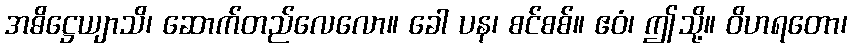
အဓိဋ္ဌေယျာသိ၊ ဆောက်တည်လေလော။ ခေါ ပန၊ စင်စစ်။ ဧဝံ၊ ဤသို့။ ဝိဟရတော၊